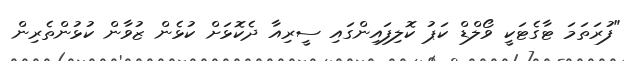
"ފުރަތަމަ ޓާގެޓަކީ ވޯލްޑް ކަޕު ކޮލިފައިންގައި ސީރިއާ ދެކޮޅަށް ކުޅެން ޒުވާން ކުޅުންތެރިން